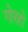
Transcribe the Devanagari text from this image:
गोरहो